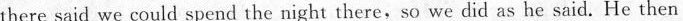
there said we could spend the night there,so we did as he said. He thenm